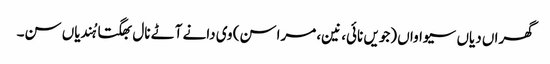
گھراں دیاں سیواواں (جویں نائی، نین، مراسن) وی دانے آٹے نال بھگتا ہُندیاں سن۔